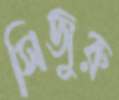
সিজুরু